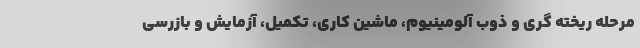
مرحله ریخته گری و ذوب آلومینیوم، ماشین کاری، تکمیل، آزمایش و بازرسی